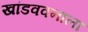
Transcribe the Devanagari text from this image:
खांडववनाला